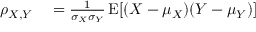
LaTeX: \begin{array} { r l } { \rho _ { X , Y } } & { { } = { \frac { 1 } { \sigma _ { X } \sigma _ { Y } } } \operatorname { E } [ ( X - \mu _ { X } ) ( Y - \mu _ { Y } ) ] } \end{array}